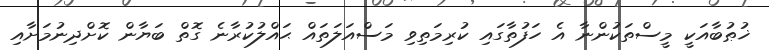
ޚުޠުބާއަކީ މީސްތަކުންނާ އެ ހަފުތާގައި ކުރިމަތިވި މަސްއަލަތައް ޙައްލުކުރާނެ ގޮތް ބަޔާން ކޮށްދިނުމަށާއި